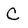
Character: C